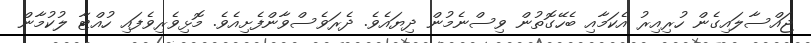
ޖައްސާލައިގެން ހުރިއިރު އެކަމާއި ބެހޭގޮތުން ވިސްނެމުން ދިޔައެވެ. ދެރަވެސްވާންފެށިއެވެ. މޮޅިވެރިވެފައި ހުއްޓާ ލުކުމާން